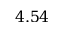
4 . 5 4